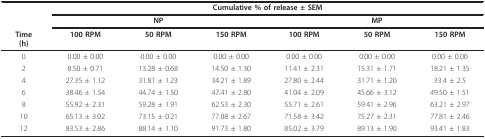
<table><thead><tr><td></td><td colspan="6"><b>Cumulative % of release ± SEM</b></td></tr><tr><td></td><td colspan="3"><b>NP</b></td><td colspan="3"><b>MP</b></td></tr><tr><td><b>Time(h)</b></td><td><b>100 RPM</b></td><td><b>50 RPM</b></td><td><b>150 RPM</b></td><td><b>100 RPM</b></td><td><b>50 RPM</b></td><td><b>150 RPM</b></td></tr></thead><tbody><tr><td>0</td><td>0.00 ± 0.00</td><td>0.00 ± 0.00</td><td>0.00 ± 0.00</td><td>0.00 ± 0.00</td><td>0.00 ± 0.00</td><td>0.00 ± 0.00</td></tr><tr><td>2</td><td>8.50 ± 0.71</td><td>13.28 ± 0.68</td><td>14.50 ± 1.30</td><td>11.41 ± 2.31</td><td>15.31 ± 1.71</td><td>18.21 ± 1.35</td></tr><tr><td>4</td><td>27.35 ± 1.12</td><td>31.81 ± 1.23</td><td>34.21 ± 1.89</td><td>27.80 ± 2.44</td><td>31.71 ± 1.20</td><td>33.4 ± 2.5</td></tr><tr><td>6</td><td>38.46 ± 1.54</td><td>44.74 ± 1.50</td><td>47.41 ± 2.80</td><td>41.04 ± 2.09</td><td>45.66 ± 3.12</td><td>49.50 ± 1.51</td></tr><tr><td>8</td><td>55.92 ± 2.31</td><td>59.28 ± 1.91</td><td>62.53 ± 2.30</td><td>55.71 ± 2.61</td><td>59.41 ± 2.96</td><td>63.21 ± 2.97</td></tr><tr><td>10</td><td>65.13 ± 3.02</td><td>73.15 ± 0.21</td><td>77.08 ± 2.67</td><td>71.58 ± 3.42</td><td>75.27 ± 2.31</td><td>77.81 ± 2.46</td></tr><tr><td>12</td><td>83.53 ± 2.86</td><td>88.14 ± 1.10</td><td>91.73 ± 1.80</td><td>85.02 ± 3.79</td><td>89.13 ± 1.90</td><td>93.41 ± 1.83</td></tr></tbody></table>